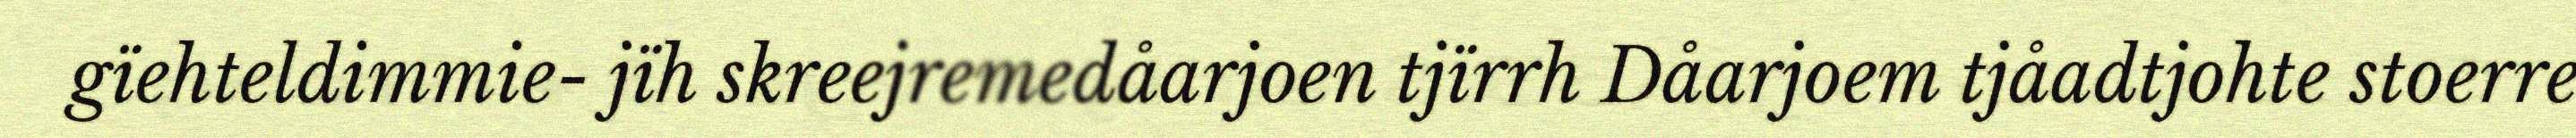
gïehteldimmie- jïh skreejremedåarjoen tjïrrh Dåarjoem tjåadtjohte stoerre